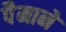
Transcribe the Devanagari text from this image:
पैेमाने